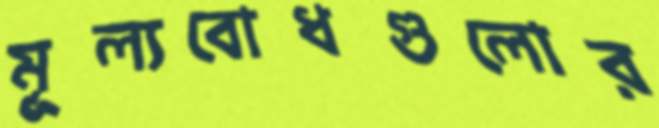
মূল্যবোধগুলোর